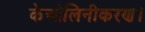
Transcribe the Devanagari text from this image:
केओलिनीकरण।